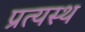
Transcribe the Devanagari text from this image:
प्रत्यस्थ